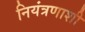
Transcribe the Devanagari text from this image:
नियंत्रणाशी